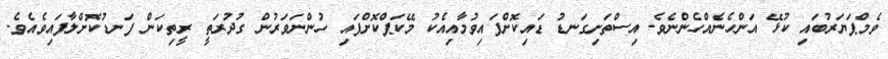
ވެމްޕަޔަރުބައި ކުޅޭ އަންހެނެއްހެންނެވެ. އިސްތަށިގަނޑު ޑައިކޮށްފައިވުމާއިއެކު މޭކަޕްކޮށްފައި ހުންނަވަރުން ގުދުރަތީ ރީތިކަން ފަނޑުކޮށްލާފައިވެއެވެ.